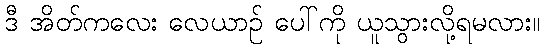
ဒီ အိတ်ကလေး လေယာဉ် ပေါ်ကို ယူသွားလို့ရမလား။